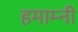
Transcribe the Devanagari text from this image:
हमाम्नी